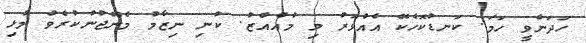
ހަދަންވީ ހަމަ. ކަނޑުކޮހެކޭ އެެއްވަރު މި މުއްއްޒު. ކުނި ނިޒާމު މެނޭޖުނުކުރެވު މުޅި